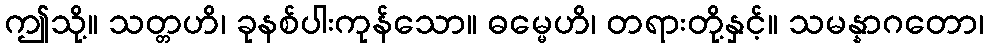
ဤသို့။ သတ္တဟိ၊ ခုနစ်ပါးကုန်သော။ ဓမ္မေဟိ၊ တရားတို့နှင့်။ သမန္နာဂတော၊